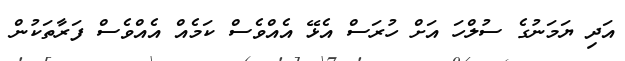
އަދި ޔަމަނުގެ ސުލްހަ އަށް ހުރަސް އެޅޭ އެއްވެސް ކަމެއް އެއްވެސް ފަރާތަކުން